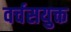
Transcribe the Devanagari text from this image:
वर्चसयुक्त